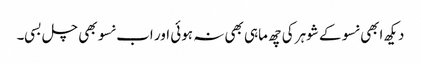
دیکھ ابھی نسو کے شوہر کی چھ ماہی بھی نہ ہوئی اور اب نسو بھی چل بسی۔